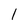
Character: l